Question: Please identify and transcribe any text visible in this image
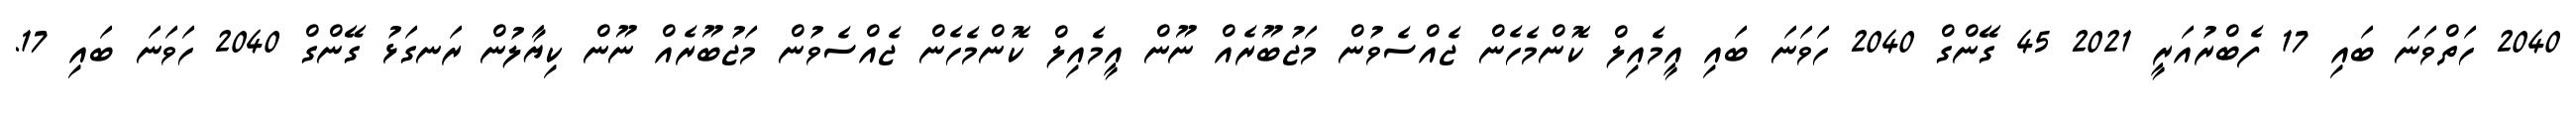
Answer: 2040 ހަތްވަނަ ބައި 17 ފެބްރުއަރީ 2021 45 ގޭންގް 2040 ހަވަނަ ބައި އީމެއިލް ކޮންމެހެން ޖެއްސެވުން މަޖުބޫރެއް ނޫން އީމެއިލް ކޮންމެހެން ޖެއްސެވުން މަޖުބޫރެއް ނޫން ކިޔާލުން ރަނގަޅު ގޭންގް 2040 ހަވަނަ ބައި 17.